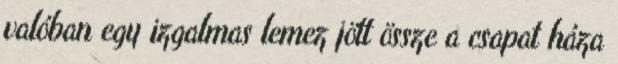
valóban egy izgalmas lemez jött össze a csapat háza